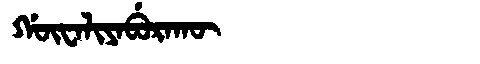
Manchu: ᡤᡡᠸᠠᠯᡳᠶᠠᠪᡠᡵᠠᡴᡡ
Romanization: GŪWALIYABURAKŪ